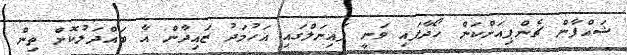
ޝައްފާން ޗެންޕިއަންކަން ހޯދާފައި ވަނީ ފައިނަލްގައި އަހުމަދު ޒައިދާން އާ ބައްދަލުކޮށް ތިން